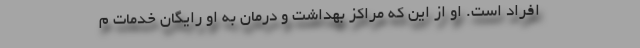
افراد است. او از این که مراکز بهداشت و درمان به او رایگان خدمات م